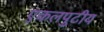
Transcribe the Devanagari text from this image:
एकलपुटीय